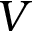
V